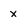
Character: x